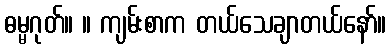
ဓမ္မဂုတ်။ ။ ကျမ်းစာက တယ်သေချာတယ်နော်။